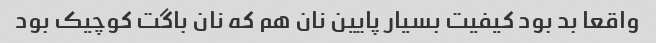
واقعا بد بود کیفیت بسیار پایین نان هم که نان باگت کوچیک بود